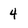
Character: 4